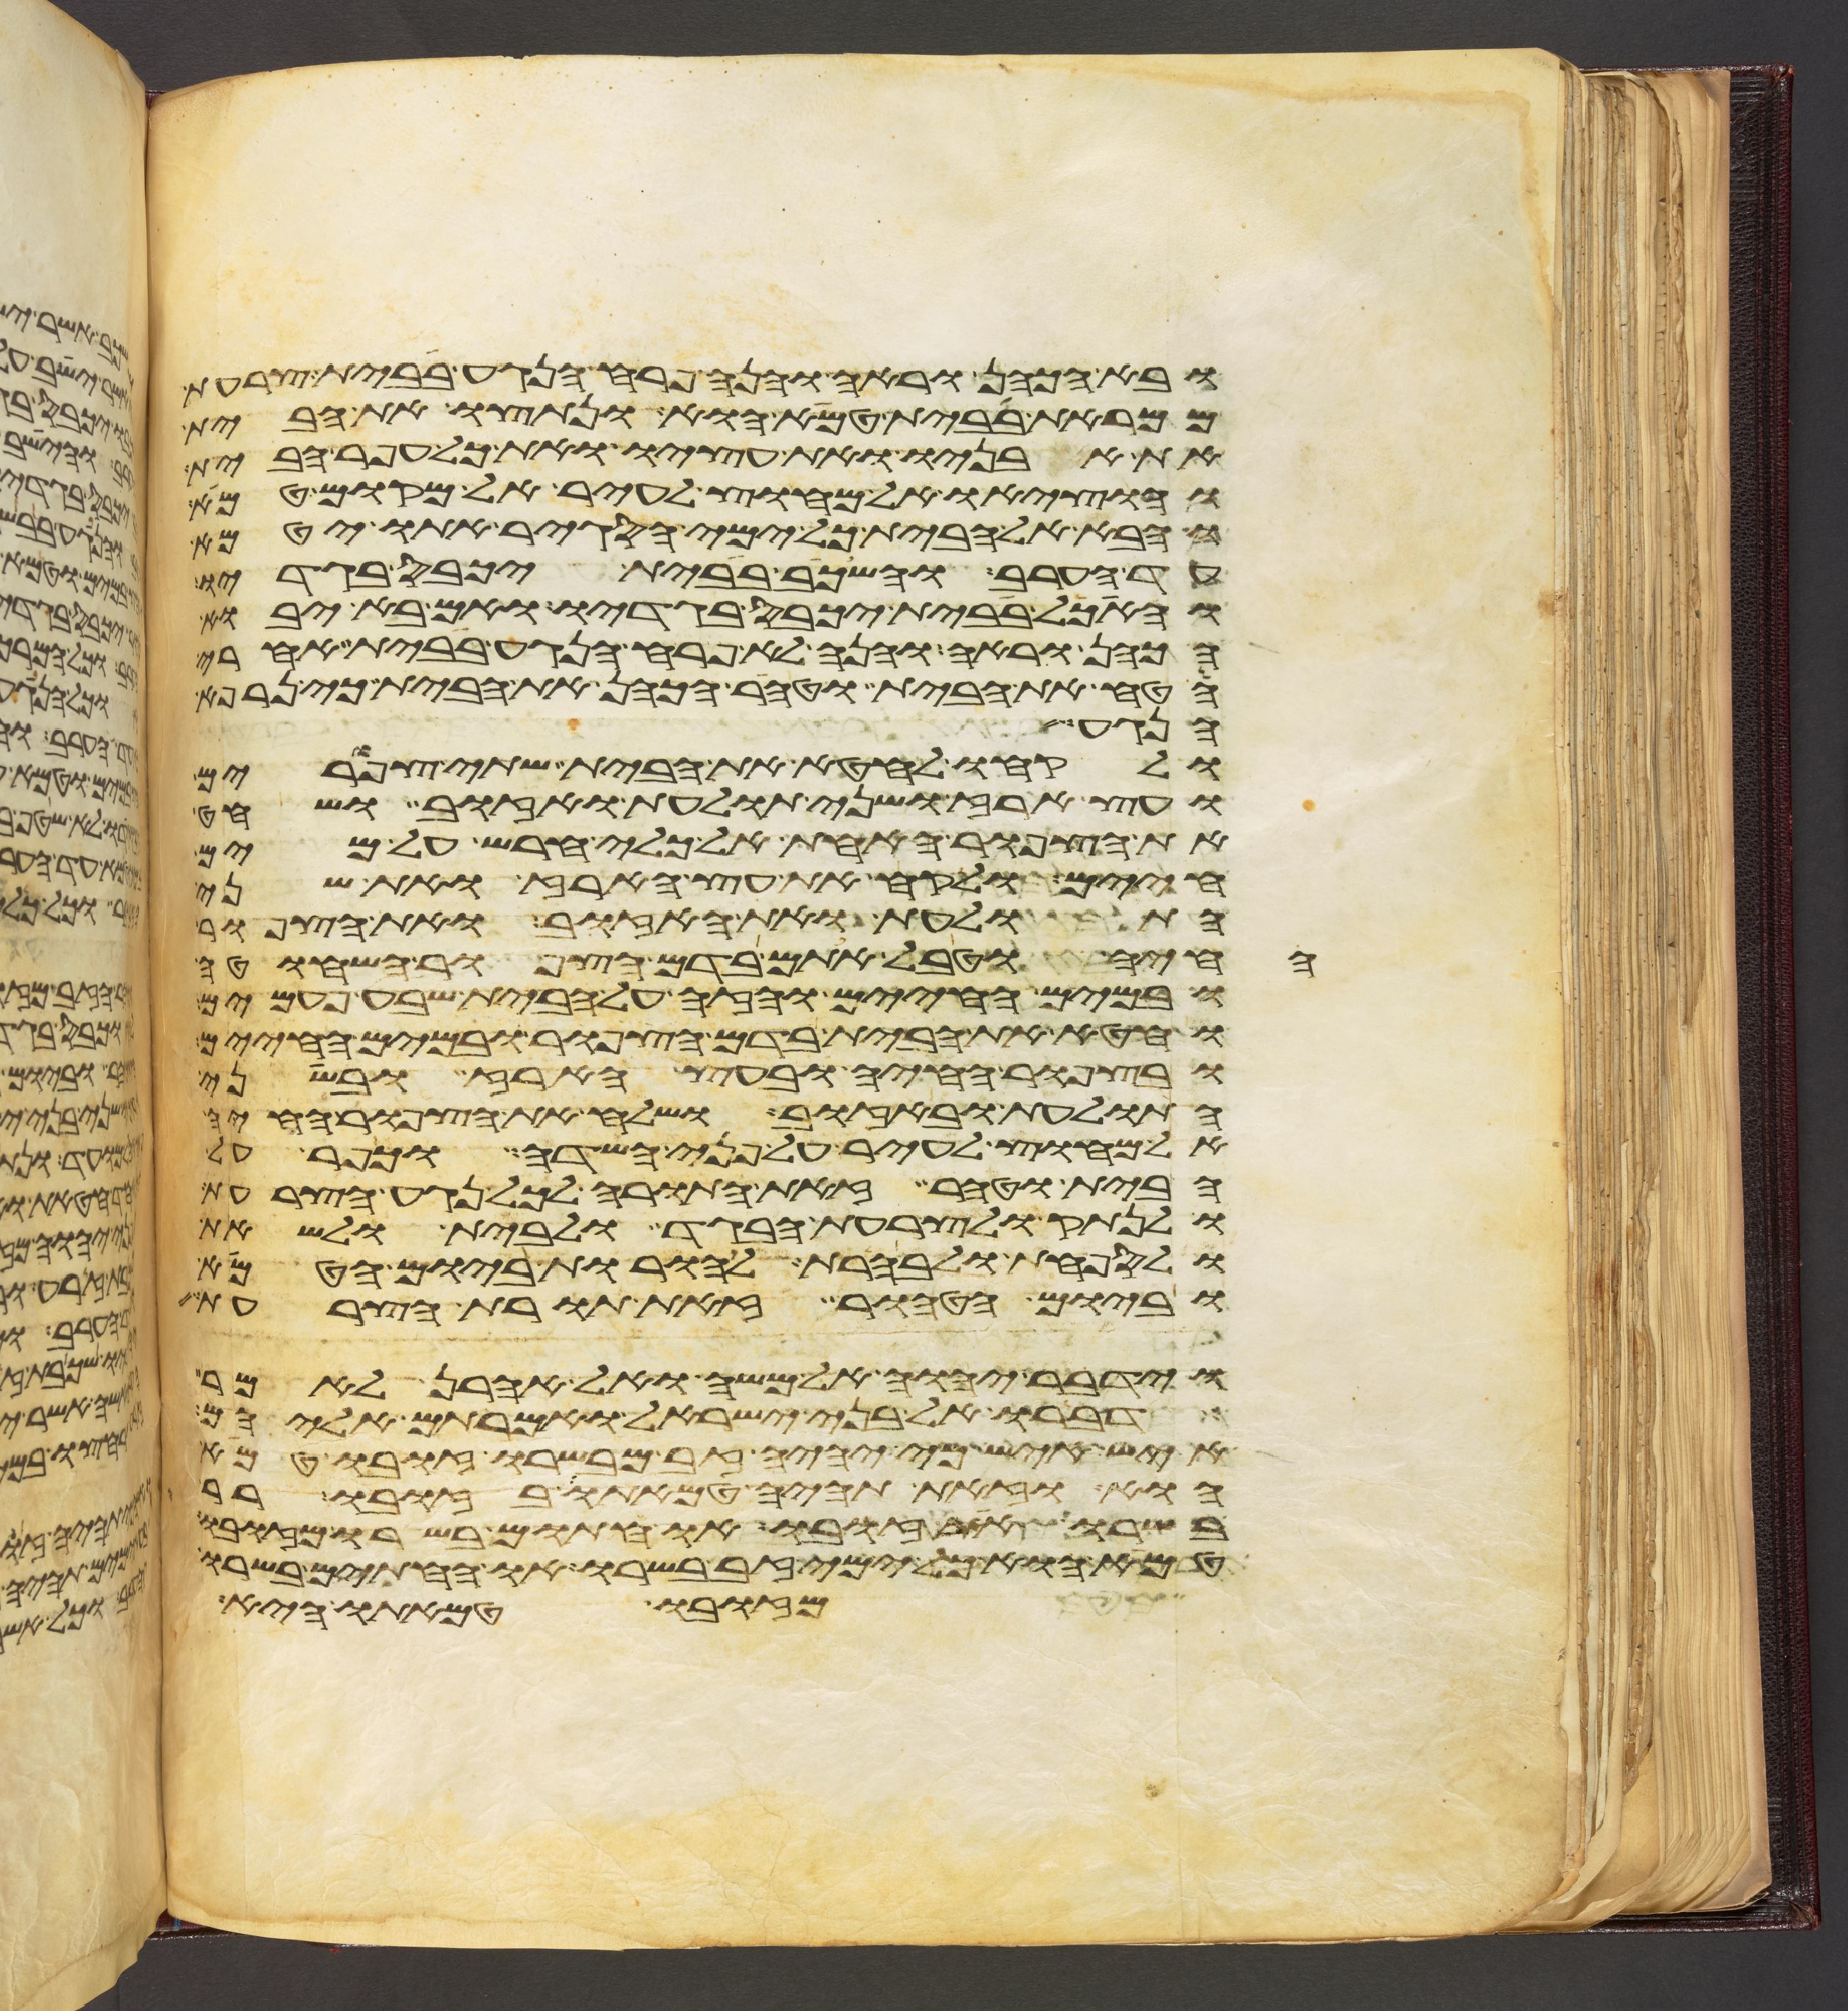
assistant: ובא הכהן וראה והנה פרח הנגע בבית צרעת
ממראת בבית טמא הוא ונתצו את הבית
את אבניו ואת עציו ואת כל עפר הבית
והוציאו אל מחוץ לעיר אל מקום טמא
והבא אל הבית כל ימי הסגיר אתו יטמא
עד הערב והשכב בבית יכבס בגדיו
והאכל בבית יכבס בגדיו ואם בא יבוא
הכהן וראה והנה לא פרח הנגע בבית אחרי
הטח את הבית וטהר הכהן את הבית כי נרפא
הנגע
ולקחו לחטא את הבית שתי צפורים
ועץ ארז ושני תולעת ואזוב ושחט
את הצפור האחת אל כלי חרש על מים
חיים ולקח את עץ הארז ואת שני
התולעת ואת האזוב ואת הצפור
החיה וטבל אתם בדם הצפור השחוטה
ובמים החיים והזה על הבית שבע פעמים
וחטא את הבית בדם הצפור ובמים החיים
ובצפור החיה ובעץ הארז ובשני
התולעת ובאזוב ושלח את הצפור החיה
אל מחוץ לעיר על פני השדה וכפר על
הבית וטהר זאת התורה לכל נגע הצרעת
ולנתק ולצרעת הבגד ולבית ולשאת
ולספחת ולבהרת להורות ביום הטמא
וביום הטהור זאת תורת הצרעת
וידבר יהוה אל משה ואל אהרן לאמר
דברו אל בני ישראל ואמרתם אליהם
איש איש כי יהיה זב מבשרו זובו טמא
הוא וזאת תהיה טמאתו בזובו רר
בשרו את זובו או חתום בשרו מזובו
טמא הוא כל ימי זב בשרו או החתים בשרו
מזובו טמאתו היא